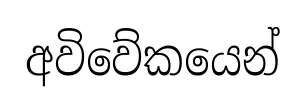
අවිවේකයෙන්